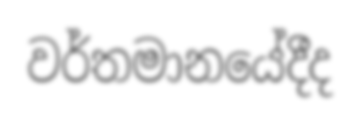
වර්තමානයේදීද